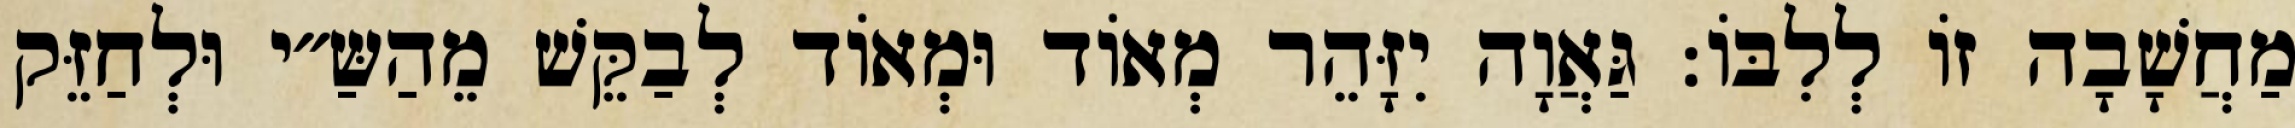
מַחֲשָׁבָה זוֹ לְלִבּוֹ: גַּאֲוָה יִזָּהֵר מְאוֹד וּמְאוֹד לְבַקֵּשׁ מֵהַשַּ״י וּלְחַזֵּק